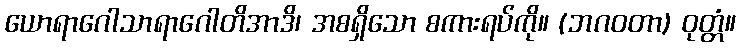
ယောရာဂေါသာရာဂေါတိအာဒိ၊ အစရှိသော စကားရပ်ကို။ (ဘဂဝတာ) ဝုတ္တံ။